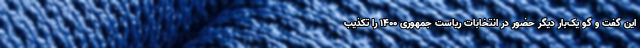
این گفت و گو یک‌بار دیگر حضور در انتخابات ریاست جمهوری ۱۴۰۰ را تکذیب